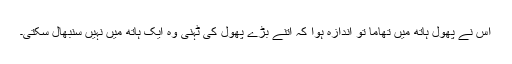
اس نے پھول ہاتھ میں تھاما تو اندازہ ہوا کہ اتنے بڑے پھول کی ٹہنی وہ ایک ہاتھ میں نہیں سنبھال سکتی۔